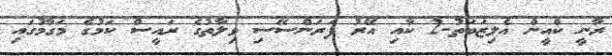
ރާނީ ކްއީން އެލިޒަބަތު-2 ކާއި އޭރު ފަރަންސޭސި ވިލާތުގެ ރައީސް ކަމުގެ މަގާމުގައި